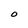
Character: O